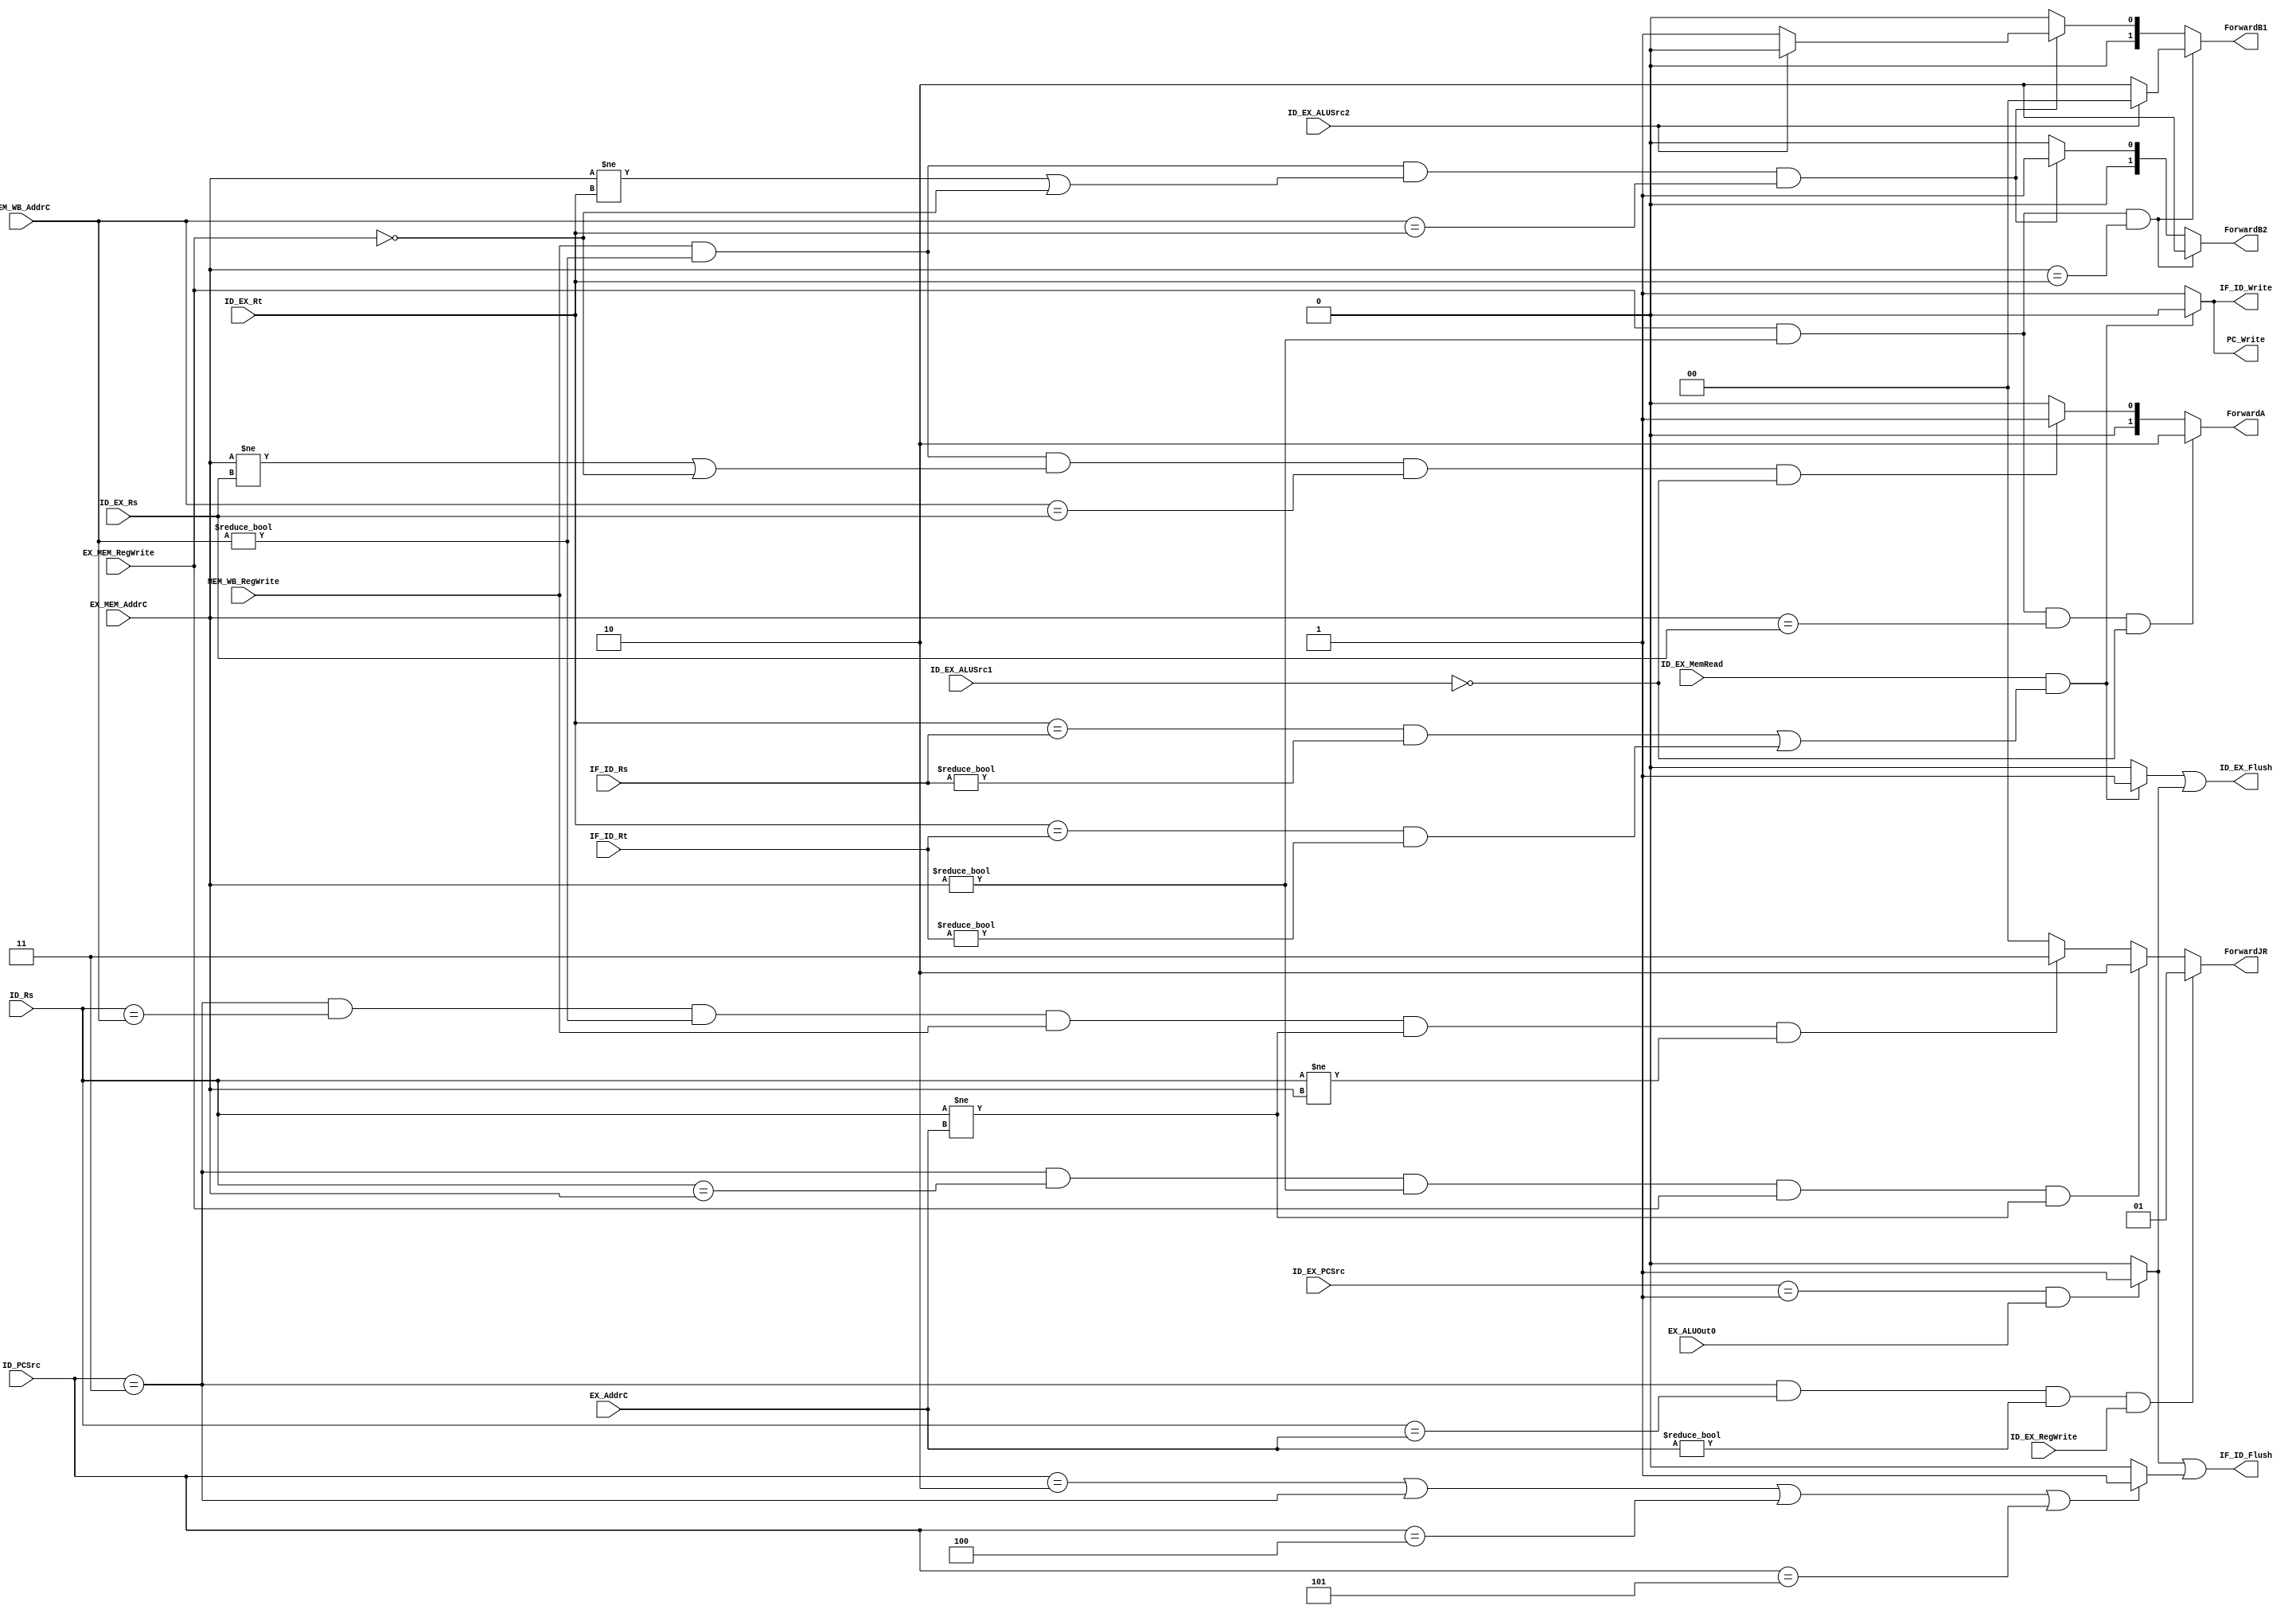
`timescale 1ns/1ps
module Hazard_Forwarding (IF_ID_Rs,IF_ID_Rt,ID_Rs,ID_PCSrc,ID_EX_MemRead,ID_EX_Rs,ID_EX_Rt,ID_EX_RegWrite,
                        ID_EX_ALUSrc1,ID_EX_ALUSrc2,ID_EX_PCSrc,EX_ALUOut0,EX_MEM_RegWrite,EX_AddrC,
                        EX_MEM_AddrC,MEM_WB_RegWrite,MEM_WB_AddrC,ForwardA,ForwardB1,ForwardB2,
                        ForwardJR,IF_ID_Flush,ID_EX_Flush,PC_Write,IF_ID_Write);

    input ID_EX_MemRead,ID_EX_RegWrite,ID_EX_ALUSrc1,ID_EX_ALUSrc2,EX_ALUOut0,EX_MEM_RegWrite,
            MEM_WB_RegWrite;
    input [2:0] ID_PCSrc,ID_EX_PCSrc;
    input [4:0] IF_ID_Rs,IF_ID_Rt,ID_Rs,ID_EX_Rs,ID_EX_Rt,EX_AddrC,EX_MEM_AddrC,MEM_WB_AddrC;

    output reg [1:0] ForwardA,ForwardB1,ForwardB2,ForwardJR;
    output IF_ID_Flush,ID_EX_Flush,PC_Write,IF_ID_Write;

    reg IF_ID_Flush_load,IF_ID_Flush_branch,IF_ID_Flush_jump;
    reg ID_EX_Flush_load,ID_EX_Flush_branch,ID_EX_Flush_jump;
    reg PC_Write_load,PC_Write_branch,PC_Write_jump;
    reg IF_ID_Write_load,IF_ID_Write_branch,IF_ID_Write_jump;

    //data association hazard
    always @ ( * )
    begin
        //for ForwardA
        //EX hazard
        if(EX_MEM_RegWrite && (EX_MEM_AddrC != 0) && (EX_MEM_AddrC == ID_EX_Rs) && (ID_EX_ALUSrc1 == 0))
            ForwardA <= 2'b10;       //from EX_MEM
        //MEM hazard
        else if(MEM_WB_RegWrite && (MEM_WB_AddrC != 0) && (EX_MEM_AddrC != ID_EX_Rs || ~EX_MEM_RegWrite)
                && (MEM_WB_AddrC == ID_EX_Rs) && (ID_EX_ALUSrc1 == 0))
            ForwardA <= 2'b01;       //from MEM_WB
        else
            ForwardA <= 2'b00;       //from ID_EX

        //for ForwardB1 and ForwardB2
        //EX hazard
        if(EX_MEM_RegWrite && (EX_MEM_AddrC != 0) && (EX_MEM_AddrC == ID_EX_Rt))
        begin
            ForwardB1 <= (ID_EX_ALUSrc2)?2'b00:2'b10;
            ForwardB2 <= 2'b10;      //from EX_MEM
        end
        //MEM hazard
        else if(MEM_WB_RegWrite && (MEM_WB_AddrC != 0) && (EX_MEM_AddrC != ID_EX_Rt || ~EX_MEM_RegWrite)
                && MEM_WB_AddrC == ID_EX_Rt)
        begin
            ForwardB1 <= (ID_EX_ALUSrc2)?2'b00:2'b01;
            ForwardB2 <= 2'b01;      //from MEM_WB
        end
        else
        begin                       //from ID_EX
            ForwardB1 <= 2'b00;
            ForwardB2 <= 2'b00;
        end
    end

    //Load-use hazard
    always @ ( * )
    begin
        if (ID_EX_MemRead && ((ID_EX_Rt == IF_ID_Rs && IF_ID_Rs != 5'd0)
            || (ID_EX_Rt == IF_ID_Rt && IF_ID_Rt != 5'd0)))
        begin
            IF_ID_Flush_load <= 0;  //hold
            ID_EX_Flush_load <= 1;  //stall the pipeline
            PC_Write_load <= 0;     //PC hold
            IF_ID_Write_load <= 0;  //hold
        end
        else                        //normal
        begin
            IF_ID_Flush_load <= 0;
            ID_EX_Flush_load <= 0;
            PC_Write_load <= 1;
            IF_ID_Write_load <= 1;
        end
    end

    //Branch hazard
    always @ ( * )
    begin
        if((ID_EX_PCSrc == 3'b001) && EX_ALUOut0)
        begin                       //branch succeed
            IF_ID_Flush_branch <= 1;//flush
            ID_EX_Flush_branch <= 1;//flush
            PC_Write_branch <= 1;
            IF_ID_Write_branch <= 1;
        end
        else
        begin                       //branch fail
            IF_ID_Flush_branch <= 0;
            ID_EX_Flush_branch <= 0;
            PC_Write_branch <= 1;
            IF_ID_Write_branch <= 1;
        end
    end

    //J_type Instruction hazard
    always @ ( * )
    begin
        if(ID_PCSrc == 3'd2 || ID_PCSrc == 3'd3 || ID_PCSrc == 3'd4 || ID_PCSrc == 3'd5)
        begin                       //stall for 1 clock cycle
            IF_ID_Flush_jump <= 1;
            ID_EX_Flush_jump <= 0;
            PC_Write_jump <= 1;
            IF_ID_Write_jump <= 1;
        end
        else
        begin
            IF_ID_Flush_jump <= 0;
            ID_EX_Flush_jump <= 0;
            PC_Write_jump <= 1;
            IF_ID_Write_jump <= 1;
        end
    end

    //jr hazard
    always @ ( * )
    begin
        if((ID_PCSrc == 3'd3) && (ID_Rs == EX_AddrC) && (EX_AddrC != 0) && (ID_EX_RegWrite))
            ForwardJR <= 2'b01;     //fowarding from EX_AddrC
        else if((ID_PCSrc == 3'd3) && (ID_Rs == EX_MEM_AddrC) && (EX_MEM_AddrC != 0)
                && EX_MEM_RegWrite && (ID_Rs != EX_AddrC))
            ForwardJR <= 2'b10;     //fowarding from output of "jal"
        else if((ID_PCSrc == 3'd3) && (ID_Rs == MEM_WB_AddrC) && (MEM_WB_AddrC != 0)
                && MEM_WB_RegWrite && (ID_Rs != EX_AddrC) && (ID_Rs != EX_MEM_AddrC))
            ForwardJR <= 2'b11;     //forwarding from DataBusC
        else
            ForwardJR <= 2'b00;
    end

    //Flush
    assign IF_ID_Flush = IF_ID_Flush_load || IF_ID_Flush_branch || IF_ID_Flush_jump;
    assign ID_EX_Flush = ID_EX_Flush_load || ID_EX_Flush_branch || ID_EX_Flush_jump;
    assign PC_Write = PC_Write_load && PC_Write_branch && PC_Write_jump;
    assign IF_ID_Write = IF_ID_Write_load && IF_ID_Write_branch && IF_ID_Write_jump;
endmodule